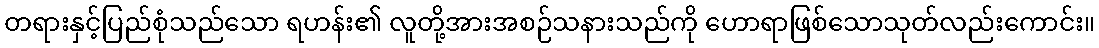
တရားနှင့်ပြည်စုံသည်သော ရဟန်း၏ လူတို့အားအစဉ်သနားသည်ကို ဟောရာဖြစ်သောသုတ်လည်းကောင်း။